Civil Veterinary Dept. North-West Frontier Province 1933-46 - 1933-1946
Year: 1933
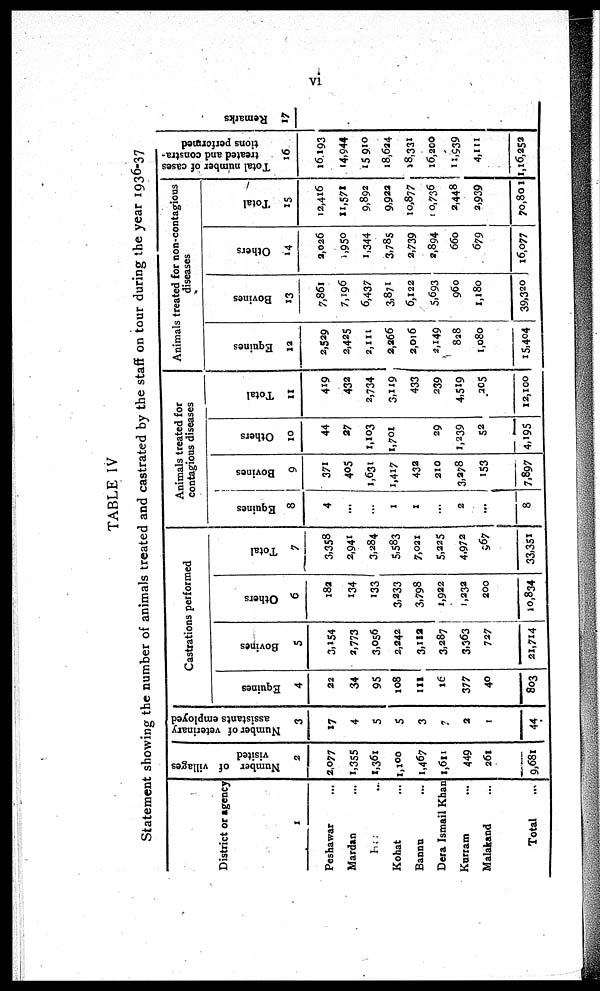
vi
TABLE IV
Statement showing the number of animals treated and castrated by the staff on tour during the year 1936-37
District or agency
1
Peshawar ...
Mardan ...
Hazara ...
Kohat ...
Bannu ...
Dera Ismail Khan ...
Kurram ...
Malakand ...
Total ...
Number of villages
visited
2
2,077
1,355
1,361
1,100
1,467
1,611
449
261
9,681
Number of veterinary
assistants employed
3
17
4
5
5
3
7
2
1
44
Castrations performed
Equines
4
22
34
95
108
111
16
377
40
803
Bovines
5
3,154
2,773
3056
2,242
3,112
3,287
3,363
727
21,714
Others
6
182
134
133
3,233
3,798
1,922
1,232
200
10,834
Total
7
3,358
2,941
3,284
5,583
7,021
5,225
4,972
697
33,351
Animals treated for
contagious diseases
Equines
8
4
...
...
1
1
...
2
...
8
Bovines
9
371
405
1,631
1,417
432
210
3,278
153
7,897
Others
10
44
37
1,103
1,701
29
1,239
52
4,195
Total
11
419
432
2,734
3,119
433
239
4,519
205
12,100
Animals treated for non-contagious
diseases
Equines
12
2,529
2,425
2,111
2,266
2,016
2,149
828
1,080
15,404
Bovines
13
7,861
7,196
6,437
3,871
6,122
5,693
960
1,180
39,320
Others
14
2,026
1,950
1,344
3,785
2,739
2,894
660
679
16,077
Total
15
12,416
11,571
9,892
9,922
10,877
10,736
2,448
2,939
70,801
Total number of cases
treated and constra-
tions performed
16
16.193
14,944
15 910
18,624
18,331
16,200
11,939
4,111
1,16,252
Remarks
17